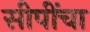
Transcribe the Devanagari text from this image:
सीपींचा